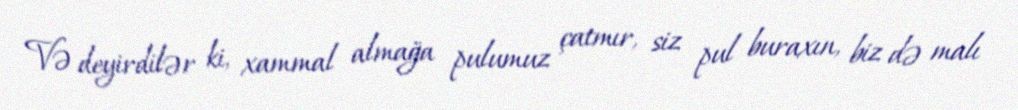
Və deyirdilər ki, xammal almağa pulumuz çatmır, siz pul buraxın, biz də malı